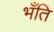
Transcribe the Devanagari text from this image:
भँति